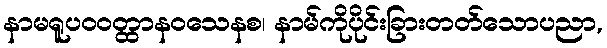
နာမရူပဝဝတ္ထာနဝသေနစ၊ နာမ်ကိုပိုင်းခြားတတ်သောပညာ,